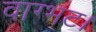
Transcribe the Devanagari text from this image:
वाग्भट।